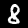
Digit: 8